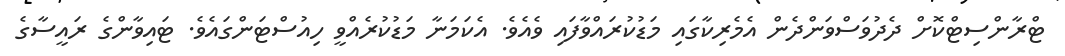
ޓްރާންސިޓްކޮށް ދެދުވަސްވަންދެން އެމެރިކާގައި މަޑުކުރައްވާފައި ވެއެވެ. އެކަމަނާ މަޑުކުރެއްވީ ހިއުސްޓަންގައެވެ. ޓައިވާންގެ ރައީސާގެ